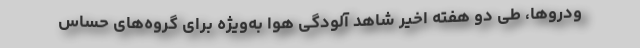
ودروها، طی دو هفته اخیر شاهد آلودگی هوا به‌ویژه برای گروه‌های حساس